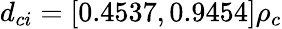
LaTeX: d_{ci}=[0.4537,0.9454]\rho_{c}